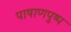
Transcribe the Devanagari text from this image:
पाषाणपुष्प